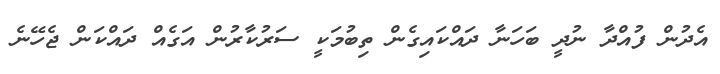
އެދުން ފުއްދާ ނުދީ ބަހަނާ ދައްކައިގެން ތިބުމަކީ ސަރުކާރުން އަގެއް ދައްކަން ޖެހޭނެ